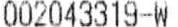
002043319-W